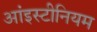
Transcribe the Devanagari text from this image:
आंइस्टीनियम